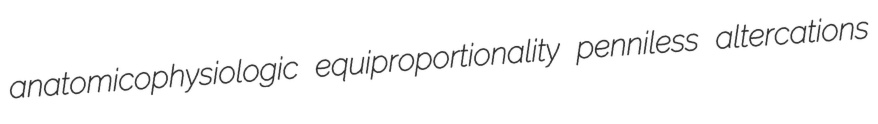
anatomicophysiologic equiproportionality penniless altercations